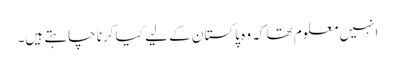
انہیں معلوم تھا کہ وہ پاکستان کے لیے کیا کرنا چاہتے ہیں۔